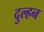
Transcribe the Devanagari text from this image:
दुल्‍हन